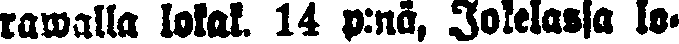
rawalla lokak. 14 p:nä, Jokelassa lo-